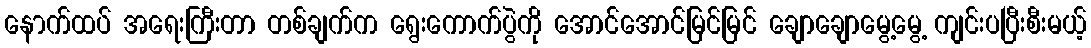
နောက်ထပ် အရေးကြီးတာ တစ်ချက်က ရွေးကောက်ပွဲကို အောင်အောင်မြင်မြင် ချောချောမွေ့မွေ့ ကျင်းပပြီးစီးမယ့်